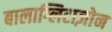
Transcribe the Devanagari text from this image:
बालाग्लिटाज़ोन